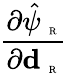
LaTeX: \frac{\partial\hat{\psi}_{\mathrm{~\tiny~R~}}}{\partial{\textbf{d}_{\mathrm{~\tiny~R~}}}}